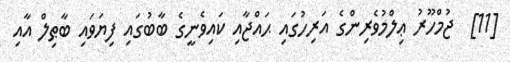
[11]  ޖުމްހޫރު ޢިލްމުވެރިންގެ އަރިހުގައި ޙައްޖާއި ކައިވެނީގެ ބާބުގައި ފިޔަވައި ބާޠިލް އާއި